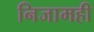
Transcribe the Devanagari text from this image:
निजामही